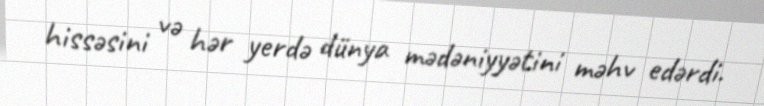
hissəsini və hər yerdə dünya mədəniyyətini məhv edərdi.